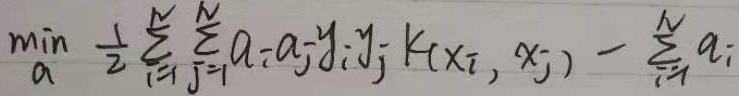
\(\min_{\alpha} \frac{1}{2}\sum_{i = 1}^{N}\sum_{j = 1}^{N}\alpha_{i}\alpha_{j}y_{i}y_{j}K(x_{i},x_{j})-\sum_{i = 1}^{N}\alpha_{i}\)